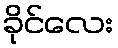
ခိုင်လေး